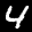
Label: 4